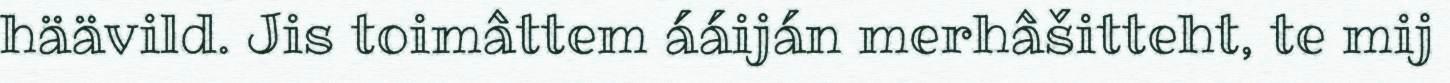
häävild. Jis toimâttem ááiján merhâšitteht, te mij